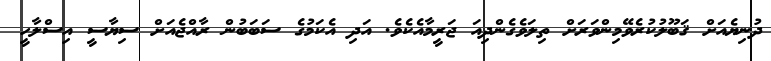
ދުނިޔެއަށް ޤަބޫލުކުރެވޭމިންވަރަށް ތިލަވެގެންދިއަ ޖަރީމާއެކެވެ. އަދި އެކަމުގެ ސަބަބުން ރާއްޖެއަށް ސިޔާސީ އިސްލާހީ